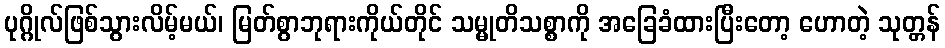
ပုဂ္ဂိုလ်ဖြစ်သွားလိမ့်မယ်၊ မြတ်စွာဘုရားကိုယ်တိုင် သမ္မုတိသစ္စာကို အခြေခံထားပြီးတော့ ဟောတဲ့ သုတ္တန်